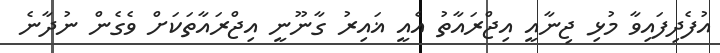
އުފެދިފައިވާ މުޅި ޖިނާއީ އިޖްރައާތު އެއީ ޣައިރު ގާނޫނީ އިޖްރައާތަކަށް ވެގެން ނުދާނެ